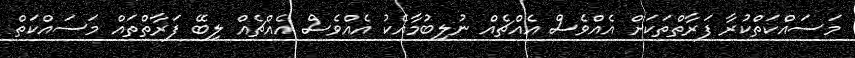
މަސައްކަތްކުރާ ފަރާތްތަކަށް އެއްވެސް އެއްޗެއް ނުލިބުމާއެކު އެއްވެސް އެއްޗެއް ލިބޭ ފަރާތްތައް މަސައްކަތް